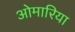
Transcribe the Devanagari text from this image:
ओमारिया